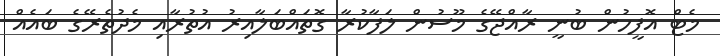
މެޓް އޮފީހުން ބުނީ ރާއްޖޭގެ މޫސުން ލަފާކުރާ ގޮތައްބަލާއިރު އުތުރާއި މެދުތެރޭގެ ބައެއް